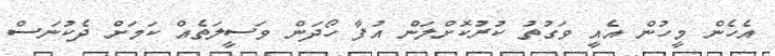
އެހެން މީހުން އެއީ ވަގުތު ކުރުކޮށްލަން އުފާ ހޯދަން ވަސީލަތެއް ކަމަށް ދެކުނަސް